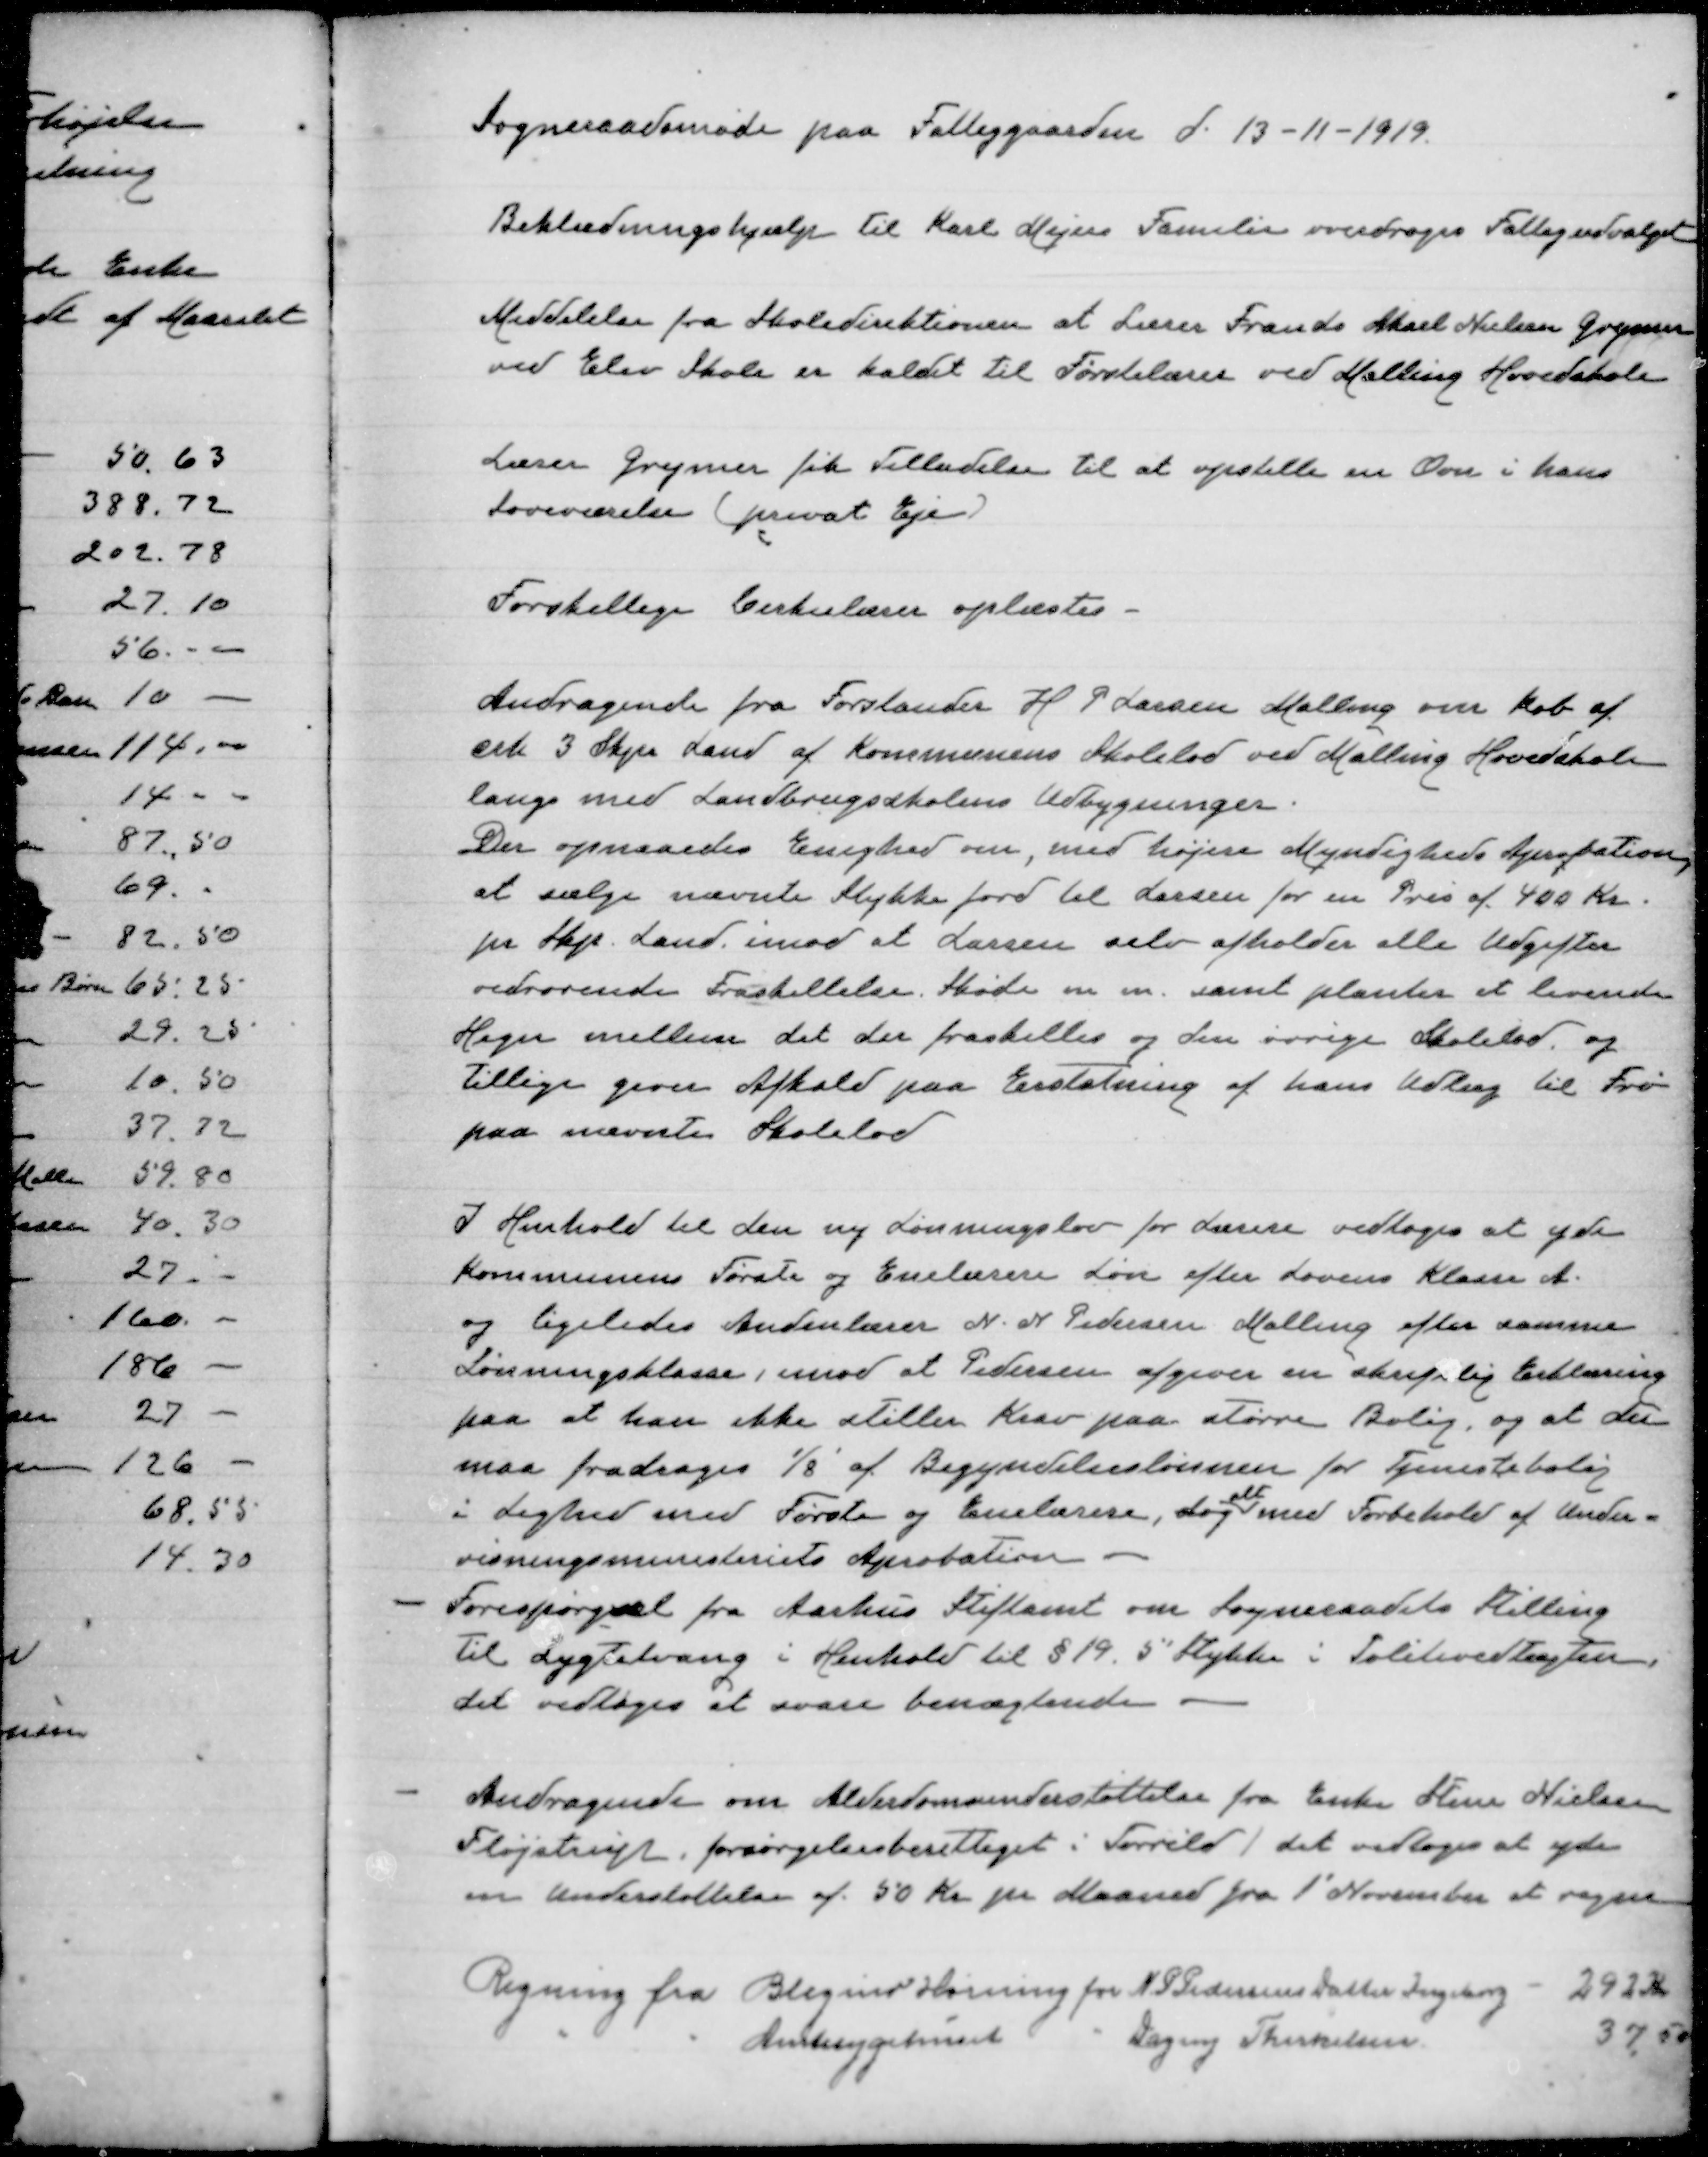
Transskription:
Sogneraadsmøde paa Fattiggaarden d. 13-11-1919

Beklædningshjælp til Karl Mejers Familie overdroges Fattigudvalget

Meddelelse fra Skoledirektionen at Lærer Frands Aksel Nielsen Grymer
ved Elev Skole er kaldet til Førstelærer ved Malling Hovedskole

Lærer Grymer fik tilladelse til at opstille en Ovn i hans
lærerværelse (privat eje)

Forskellige Cirkulærer oplæstes

Andragende fra Forstander H P Larsen Malling om køb af
crk 3 Skp Land af Kommunens Skolelod ved Malling Hovedskole
langs med Landbrugsskolens Udbygninger.
Der opnaaedes Enighed om, med højere Myndigheds Aprobation,
at sælge nævnte Stykke jord til Larsen for en Pris af 400 Kr.
pr. Skp. Land imod at Larsen selv afholder alle Udgifter
vedrørende Fraskillelse, Skøde m. m. samt planter et levende
Hegn mellem det der fraskilles og den øvrige Skolelod og
tillige giver Afkald paa erstatning af hans udlæg til Frø
paa nævnte Skolelod

I Henhold til den ny Lønningslov for Lærere vedtoges at yde
Kommunens Første og Enelærere Løn efter Lovens Klasse A.
og ligeledes Andenlærer N. N. Pedersen Malling efter samme
Lønningsklasse, imod at Pedersen afgiver en skriftlig erklæring
paa at han ikke stiller Krav paa større Bolig og at der
maa fradrages 1/8 af Begyndelseslønnen for Tjenestebolig
alt
i Lighed med Første og Enelærere, dog med Forbehold af Under-
visningsministeriets Aprobation
Forespørgsel fra Aarhus Stiftamt om Sogneraadets Stilling
til Lygtetvang i Henhold til §19. 5' Stykke i Politivedtægten.
det vedtoges at svare benægtende

Andragende om Alderdomsunderstøttelse fra Enke Stine Nielsen
Fløjstrup forsørgelsesberettiget i Tørring. det vedtoges at yde
en understøttelse af 50 Kr pr Maaned fra 1' November at regne

Regning fra Blegind-Hørning for N P Pedersens datter Ingeborg - 292 Kr
" " Amtssygehuset
for Dagny Therkilsen
37,50